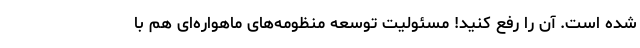
شده است. آن را رفع کنید! مسئولیت توسعه منظومه‌های ماهواره‌ای هم با